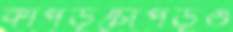
কাপড়চোপড়ও